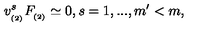
v _ { _ { ( 2 ) } } ^ { s } F _ { _ { ( 2 ) } } \simeq 0 , s = 1 , . . . , m ^ { \prime } < m ,